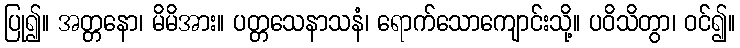
ပြု၍။ အတ္တနော၊ မိမိအား။ ပတ္တသေနာသနံ၊ ရောက်သောကျောင်းသို့။ ပဝိသိတွာ၊ ဝင်၍။